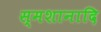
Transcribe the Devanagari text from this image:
स्मशानादि